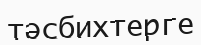
тәсбихтерге